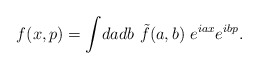
\begin{align*}f(x,p)= \int\! da db ~\tilde{f}(a,b) ~ e^{iax} e^{ibp}.\end{align*}